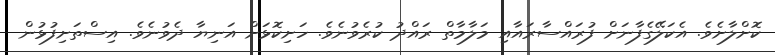
ކޮށްލާށެވެ. އެކަލޭގެފާނަށް ފުރައްސާރައާއި މަލާމާތް ރައްދު ކުރެވުނެވެ. ހަށިކޮޅަށް އަނިޔާ ދެވުނެވެ. އިސްތަށިފުޅުން